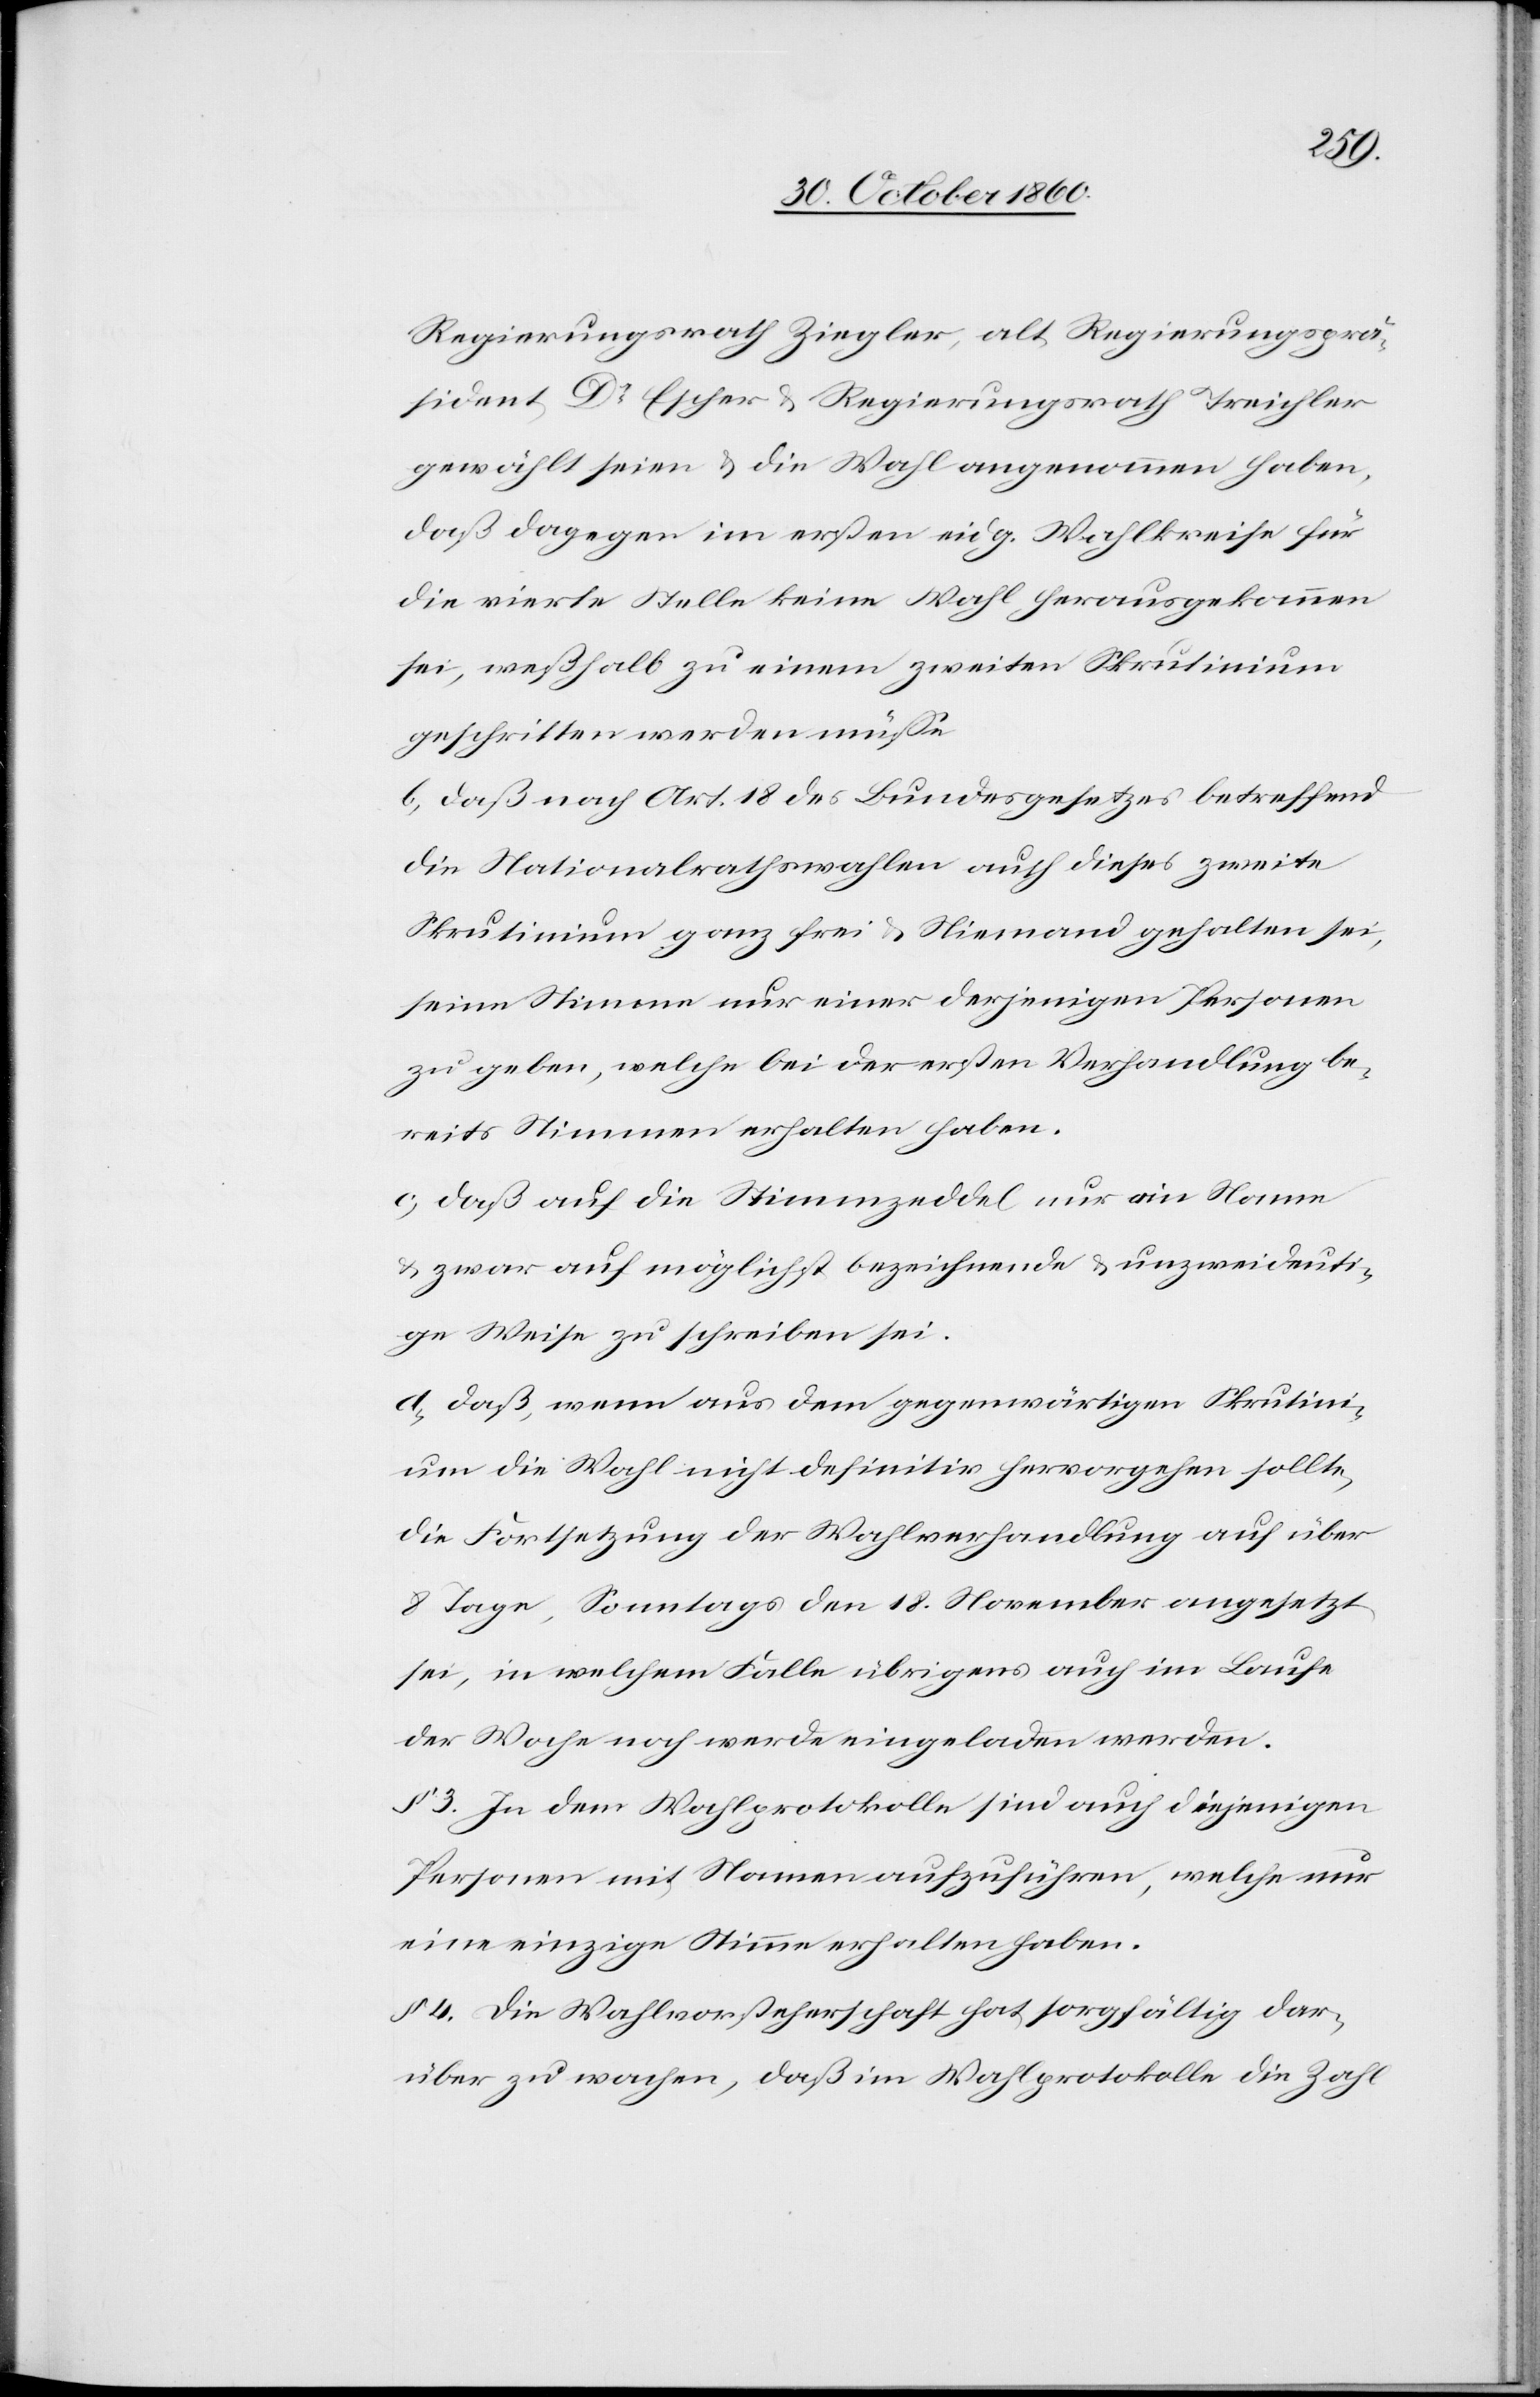
Regierungsrath Ziegler, alt Regierungsprä¬
sident Dr Escher u. Regierungsrath Treichler
gewählt seien u. die Wahl angenommen haben,
daß dagegen im ersten eidg. Wahlkreise für
die vierte Stelle keine Wahl herausgekommen
sei, weßhalb zu einem zweiten Skrutinium
geschritten werden müße.
b) daß nach Art. 18 des Bundesgesetzes betreffend
die Nationalrathswahlen auch dieses zweite
Skrutinium ganz frei u. Niemand gehalten sei,
seine Stimme nur einer derjenigen Personen
zu geben, welche bei der ersten Verhandlung be¬
reits Stimmen erhalten haben.
c) daß auf die Stimmzeddel nur ein Name
u. zwar auf möglichst bezeichnende u. unzweideuti¬
ge Weise zu schreiben sei.
d) daß, wenn aus dem gegenwärtigen Skrutini¬
um die Wahl nicht definitiv hervorgehen sollte,
die Fortsetzung der Wahlverhandlung auf über
8 Tage, Sonntags den 18. November angesetzt
sei, in welchem Falle übrigens auch im Laufe
der Woche noch werde eingeladen werden.
§ 3. In dem Wahlprotokolle sind auch diejenigen
Personen mit Namen aufzuführen, welche nur
eine einzige Stimme erhalten haben.
§ 4. Die Wahlvorsteherschaft hat sorgfältig dar¬
über zu wachen, daß im Wahlprotokolle die Zahl